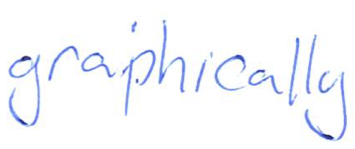
Text: graphically
Cross-out: clean
Writing tool: ballpoint